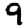
Digit: 9